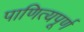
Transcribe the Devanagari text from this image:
पाणित्यपूर्ण